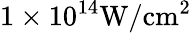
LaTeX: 1\times 10^{14}\mathrm{{W/cm^{2}}}